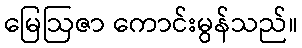
မြေဩဇာ ကောင်းမွန်သည်။